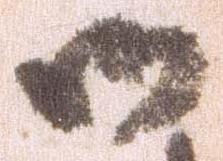
御